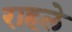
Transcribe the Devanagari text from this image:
राहले